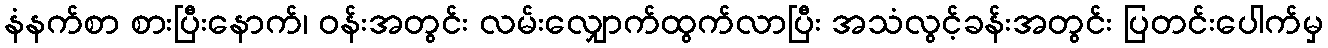
နံနက်စာ စားပြီးနောက်၊ ဝန်းအတွင်း လမ်းလျှောက်ထွက်လာပြီး အသံလွင့်ခန်းအတွင်း ပြတင်းပေါက်မှ